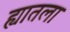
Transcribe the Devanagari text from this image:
ह्यातला